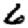
Digit: 6